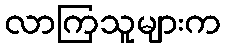
လာကြသူများက